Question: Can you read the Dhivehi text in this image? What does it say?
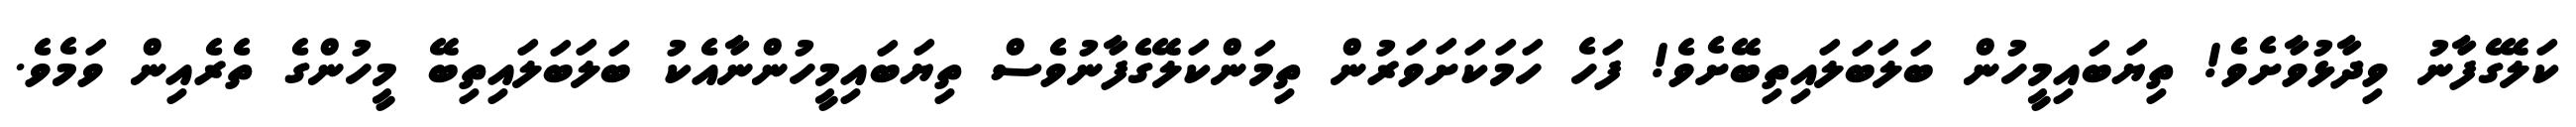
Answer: ކަލޭގެފާނު ވިދާޅުވާށެވެ! ތިޔަބައިމީހުން ބަލަބަލައިތިބޭށެވެ! ފަހެ ހަމަކަށަވަރުން ތިމަންކަލޭގެފާނުވެސް ތިޔަބައިމީހުންނާއެކު ބަލަބަލައިތިބޭ މީހުންގެ ތެރެއިން ވަމެވެ.